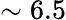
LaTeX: \sim 6.5